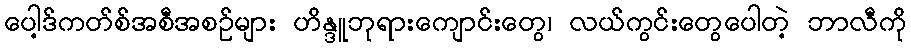
ပေါ့ဒ်ကတ်စ်အစီအစဉ်များ ဟိန္ဒူဘုရားကျောင်းတွေ၊ လယ်ကွင်းတွေပေါတဲ့ ဘာလီကို